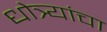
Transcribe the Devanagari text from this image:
धोत्र्यांचा